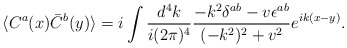
\begin{align*}\langle C^a(x) \bar C^b(y) \rangle = i \int {d^4k \over i(2\pi)^4} {-k^2 \delta^{ab}-v \epsilon^{ab} \over (-k^2)^2+v^2} e^{i k(x-y)} .\end{align*}